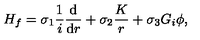
H _ { f } = \sigma _ { 1 } \frac { 1 } { i } \frac { \mathrm { d } } { \mathrm { d } r } + \sigma _ { 2 } \frac { K } { r } + \sigma _ { 3 } G _ { i } \phi ,